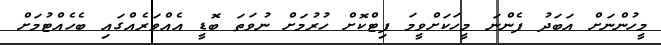
މީހުންނަށް އަބަދު ފެންނަ މީހަކަށްވީމަ ފިޓްކޮށް ހުރުމަށް ނުވަތަ ބޮޑީ އެއްވަރެއްގައި ބެހެއްޓުމަށް